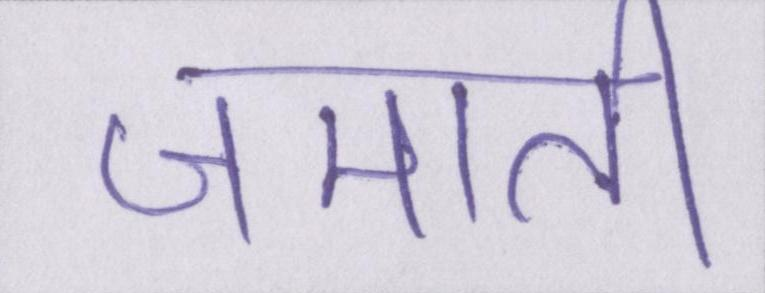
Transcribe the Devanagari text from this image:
जमाती